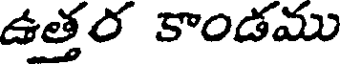
ఉత్తర కాండము